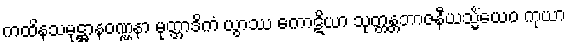
ကထိနသမုဋ္ဌာနဝဏ္ဏနာ မုတ္တာဒိကံ ယွာဿ ကောဋိယာ သုတ္တန္တဘာဇနီယသ္မိံယေဝ ကုယာ